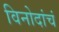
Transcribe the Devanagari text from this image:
विनोदांचं